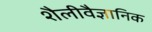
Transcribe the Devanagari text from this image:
शैलीवैज्ञानिक